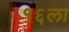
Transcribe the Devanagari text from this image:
१६ला